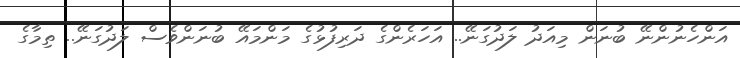
އަންހެނުންނޭ ބުނަން މިއަދު ލަދުގަނޭ.. އަހަރެންގެ ދަރިފުޅުގެ މަންމައޭ ބުނަންވެސް ލަދުގަނޭ.. ތިމާގެ